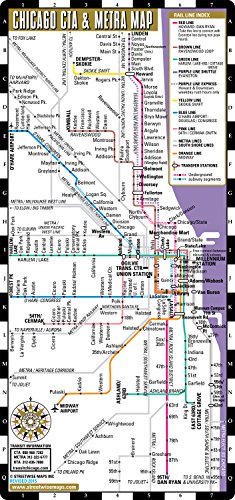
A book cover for Streetwise Chicago CTA & Metra Map - Laminated Chicago Metro Map - Folding pocket size map for travel; Streetwise Maps Inc; Engineering & Transportation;